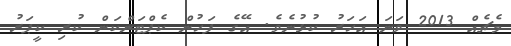
މެޗެއް 2013 ވަނަ އަހަރު ކުޅުނެވެ. އޭގެ ފަހުން ކެޕްޓަންކަން ކުރި ކީޕަރު